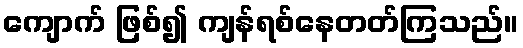
ကျောက် ဖြစ်၍ ကျန်ရစ်နေတတ်ကြသည်။